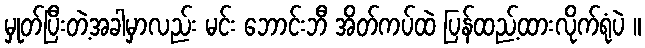
မှုတ်ပြီးတဲ့အခါမှာလည်း မင်း ဘောင်းဘီ အိတ်ကပ်ထဲ ပြန်ထည့်ထားလိုက်ရုံပဲ ။